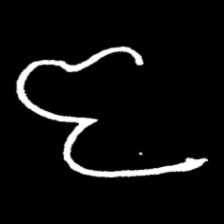
Pyu character \u2014 Myanmar letter: ဇ (romanized: ja)